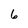
Character: 6